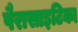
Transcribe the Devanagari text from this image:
पैरासाइटिका